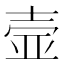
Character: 壸